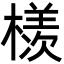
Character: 檨